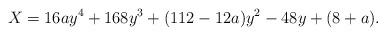
LaTeX: \begin{align*} X = 16ay^4+168y^3+(112-12a)y^2-48y+(8+a) . \end{align*}